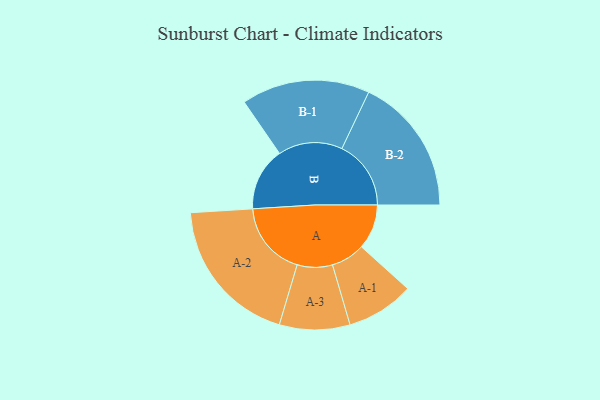
{"axis": {"x": "Segment", "y": "Value"}, "legend": ["", "A", "B"], "data": [{"x": "A", "y": 166, "type": ""}, {"x": "B", "y": 233, "type": ""}, {"x": "A-1", "y": 125, "type": "A"}, {"x": "A-2", "y": 276, "type": "A"}, {"x": "A-3", "y": 130, "type": "A"}, {"x": "B-1", "y": 237, "type": "B"}, {"x": "B-2", "y": 255, "type": "B"}]}